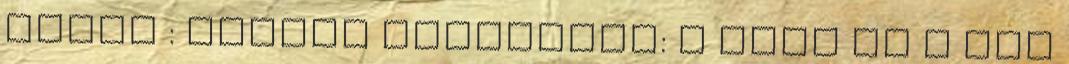
része : Online Távmunkás: A zöld és a fák